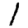
Digit: 1